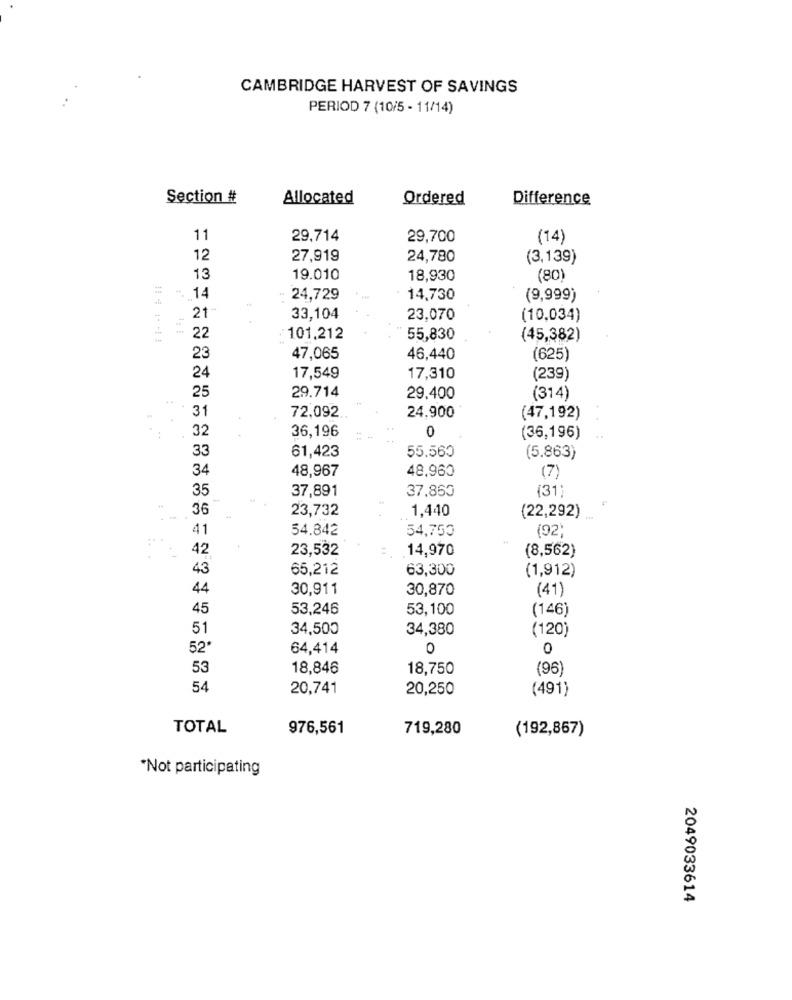
CAMBRIDGE HARVEST OF SAVINGS
PERIOD 7 (10/5 - 11/14)
Section #
Allocated
Ordered
Difference
11
29.714
29,700
(14)
12
27,919
24,780
(3,139)
13
19.010
18,930
(80)
=
14
24,729
14,730
(9,999)
21-
33,104
23,070
(10,034)
22
101.212
55,830
(45,382)
23
47,065
46,440
(625)
24
17,549
17,310
(239)
25
29.714
29.400
(314)
31
72,092.
24.900
(47,192)
32
0
36,196
(36,196)
33
61,423
55.560
(5.863)
34
48,967
48,960
(7)
35
37,891
37,860
(31)
36
23,732
1,440
. -
(22,292)
41
54.842
54,750
(92;
42
23,532
14,970
(8,562)
43
65,212
63,300
(1,912)
44
30,911
30,870
(41)
45
53,246
53,100
(146)
51
34,500
34,380
(120)
52*
64,414
0
0
53
18,846
18,750
(96)
54
20,741
20,250
(491)
TOTAL
976,561
719,280
(192,867)
*Not participating
2049033614